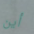
أين